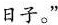
日子。”